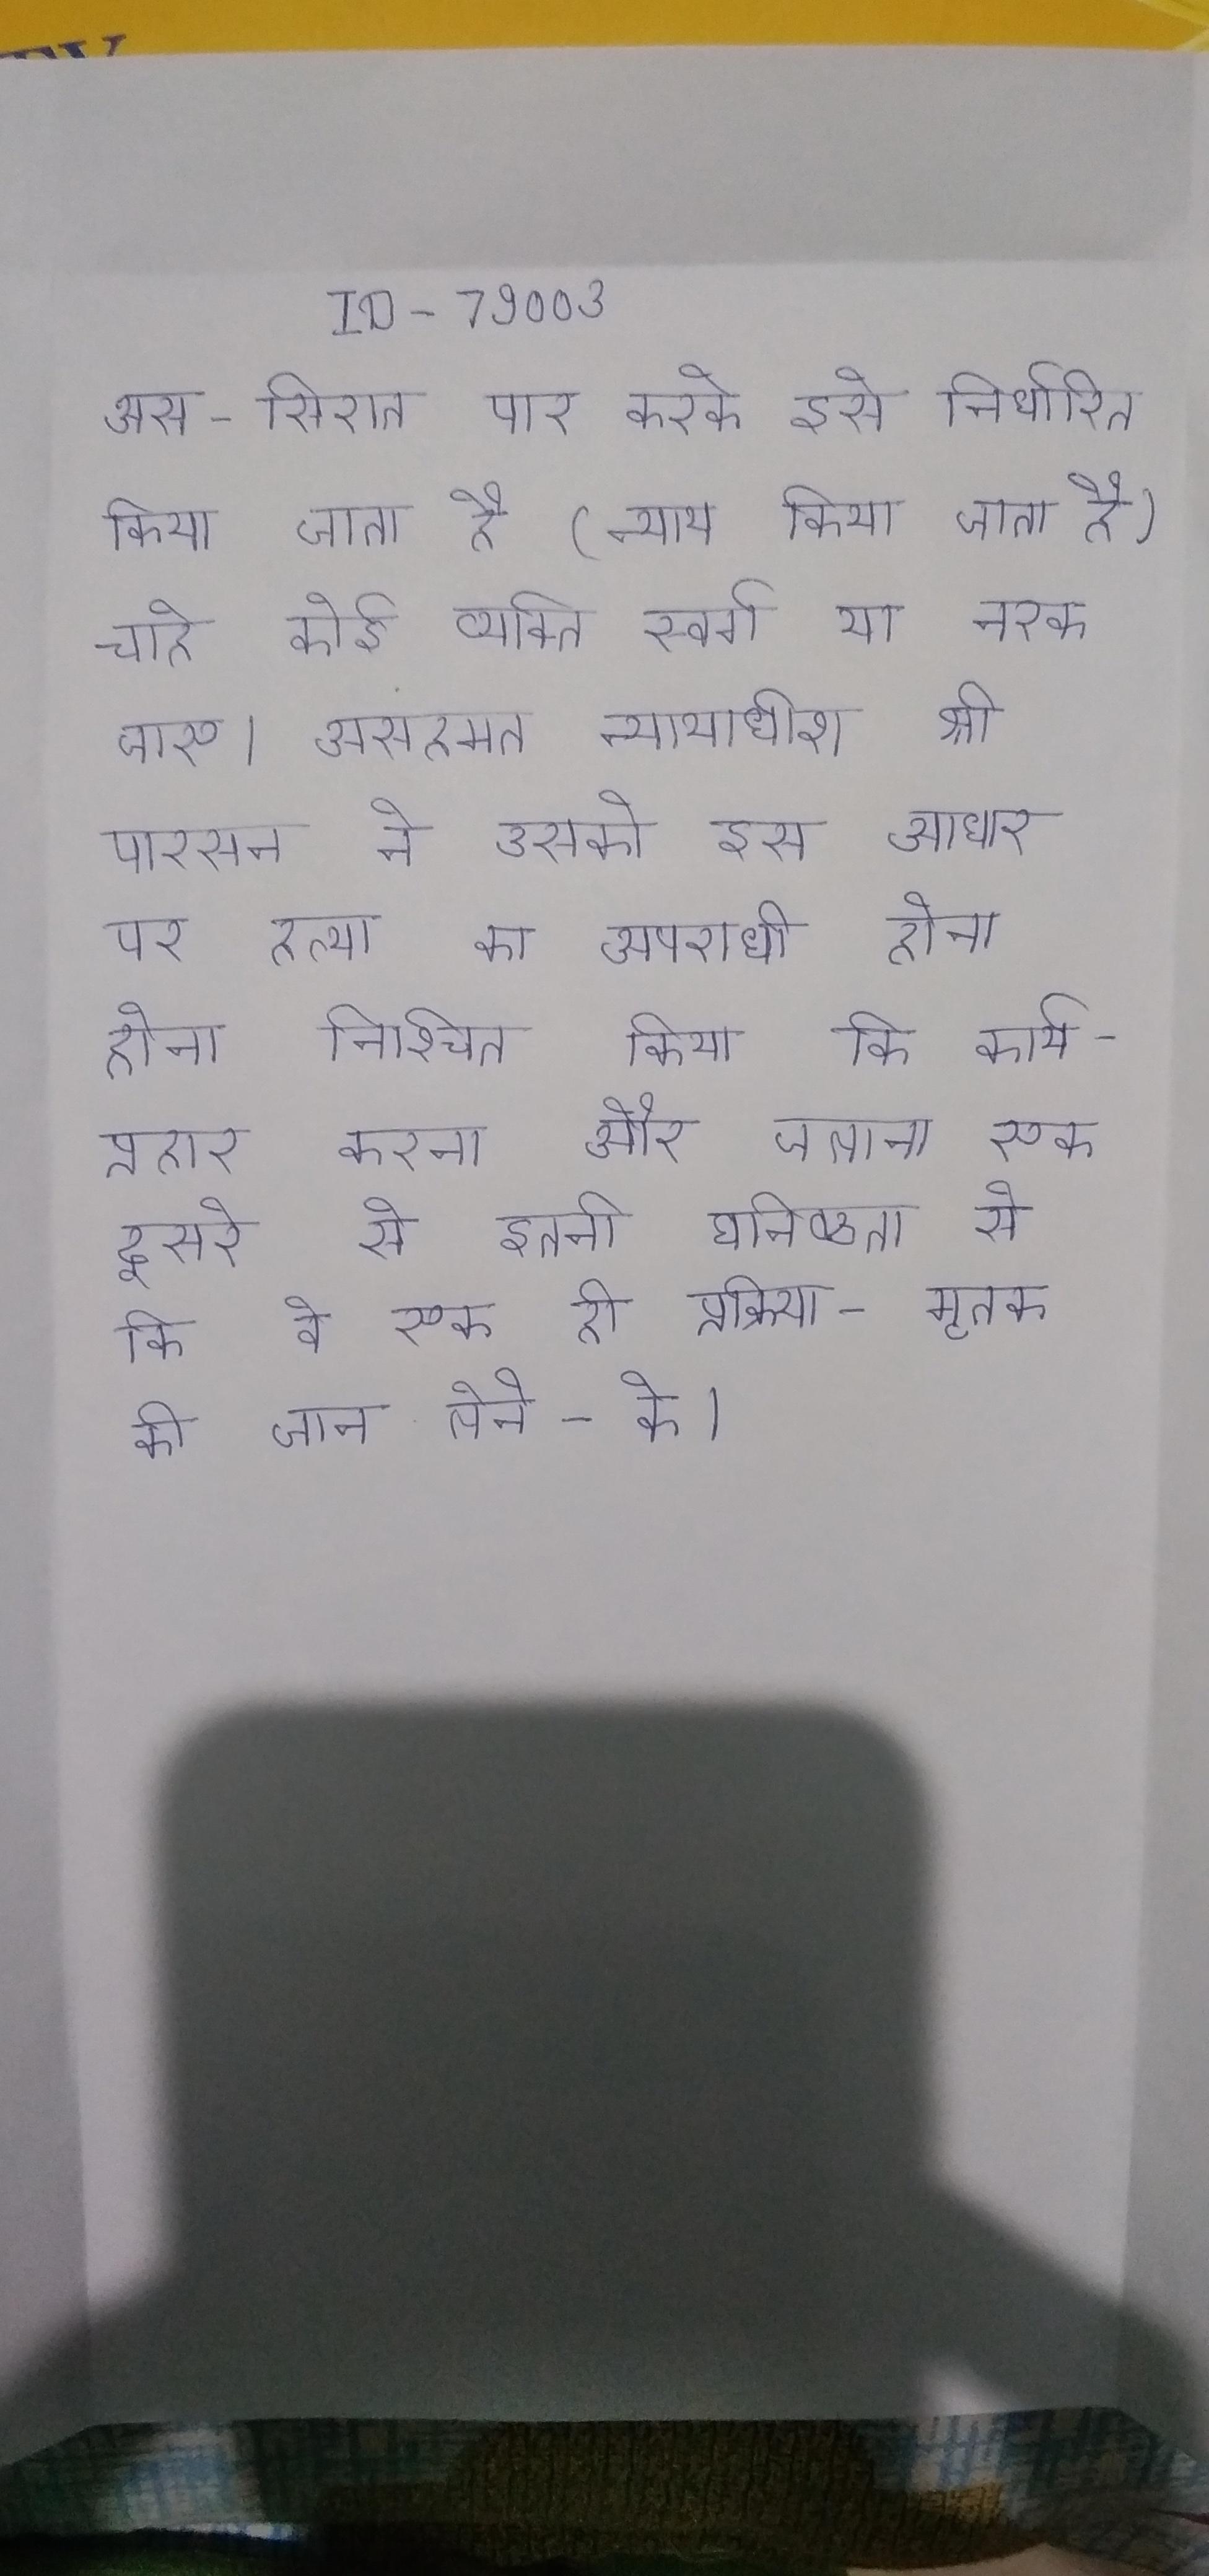
अस-सिरात पार करके इसे निर्धारित किया जाता है (न्याय किया जाता है) चाहे कोई व्यक्ति स्वर्ग या नरक जाए । असहमत न्यायाधीश श्री पारसन ने उसको इस आधार पर हत्या का अपराधी होना होना निश्चित किया कि कार्य - प्रहार करना और जलाना एक दूसरे से इतनी घनिष्ठता से कि वे एक ही प्रक्रिया - मृतक की जान लेने - के ।